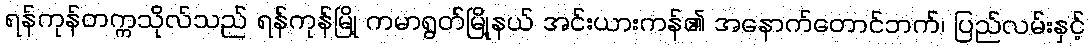
ရန်ကုန်တက္ကသိုလ်သည် ရန်ကုန်မြို့ ကမာရွတ်မြို့နယ် အင်းယားကန်၏ အနောက်တောင်ဘက်၊ ပြည်လမ်းနှင့်